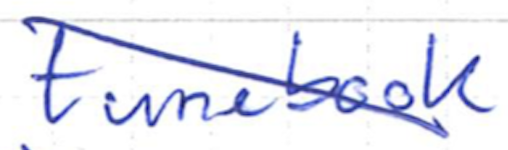
Text: tunebook
Cross-out: diagonal
Writing tool: ballpoint